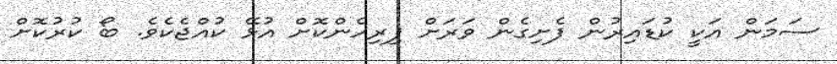
ސަމަން އަކީ ކުޑައިރުން ފެށިގެން ވަރަށް ފިރިހެންކޮށް އުޅޭ ކުއްޖެކެވެ. ބޯ ކުރުކޮށް